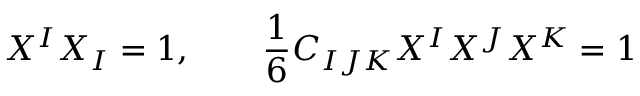
X ^ { I } X _ { I } = 1 , \qquad { \frac { 1 } { 6 } } C _ { I J K } X ^ { I } X ^ { J } X ^ { K } = 1